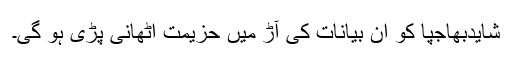
شایدبھاجپا کو اِن بیانات کی آڑ میں حزیمت اُٹھانی پڑی ہو گی۔